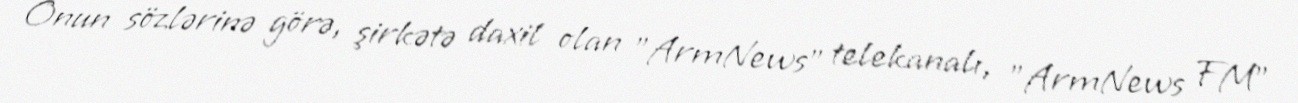
Onun sözlərinə görə, şirkətə daxil olan "ArmNews" telekanalı, "ArmNews FM"